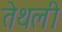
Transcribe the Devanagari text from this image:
तेथली